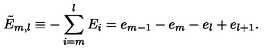
\tilde { E } _ { m , l } \equiv - \sum _ { i = m } ^ { l } E _ { i } = e _ { m - 1 } - e _ { m } - e _ { l } + e _ { l + 1 } .